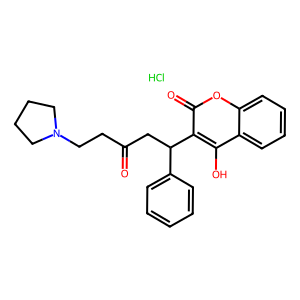
SMILES: Cl.O=C(CCN1CCCC1)CC(c1ccccc1)c1c(O)c2ccccc2oc1=O
Inhibits HIV replication: No